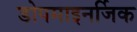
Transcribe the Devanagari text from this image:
डोपमाइनर्जिक